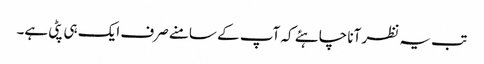
تب یہ نظر آنا چاہئے کہ آپ کے سامنے صرف ایک ہی پٹی ہے۔